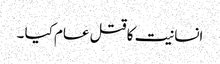
انسانیت کا قتل عام کیا ۔